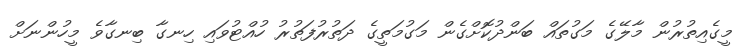
މީގެއިތުރުން މާލޭގެ މަގުތައް ބަންދުކޮށްގެން މަގުމަތީގެ ދަތުރުފަތުރު ހުއްޓުވައި ހިނގާ ބިނގާވެ މީހުންނަށް